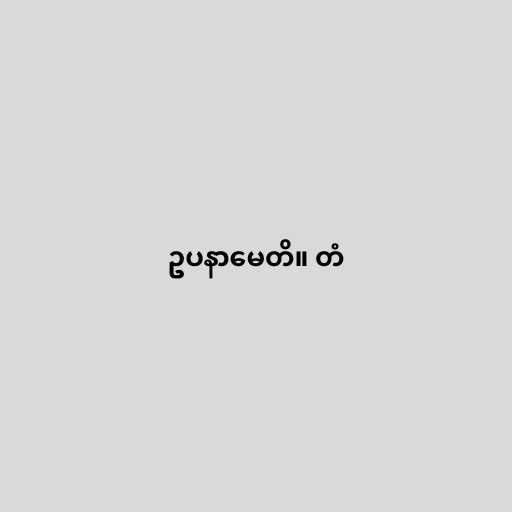
ဥပနာမေတိ။ တံ